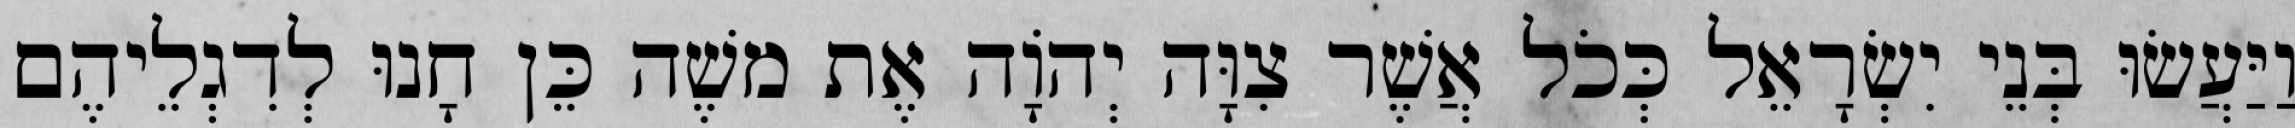
וַיַּעֲשׂוּ בְּנֵי יִשְׂרָאֵל כְּכֹל אֲשֶׁר צִוָּה יְהֹוָה אֶת משֶׁה כֵּן חָנוּ לְדִגְלֵיהֶם